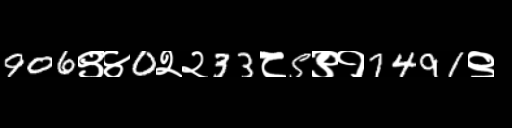
Text: 906९४0२२33८5९१7491९